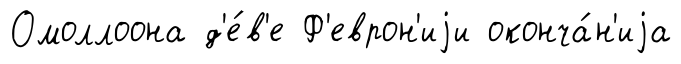
Омоллоона д'е́в'е Ф'еврон'иjи оконча́н'иjа